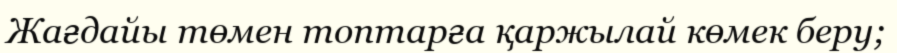
Жағдайы төмен топтарға қаржылай көмек беру;